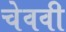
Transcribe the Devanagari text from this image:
चेववी